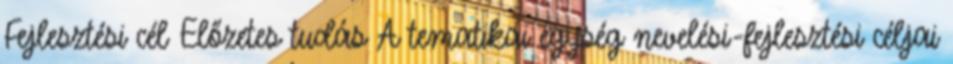
Fejlesztési cél Előzetes tudás A tematikai egység nevelési-fejlesztési céljai